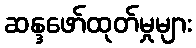
ဆန္ဒဖော်ထုတ်မှုများ